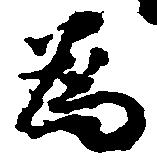
為